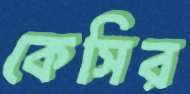
কেসির